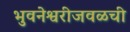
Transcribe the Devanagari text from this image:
भुवनेश्वरीजवळची